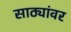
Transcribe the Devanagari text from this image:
साठ्यांवर